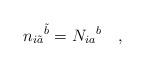
LaTeX: \begin{align*}{n_{i\tilde{a}}}^{\tilde{b}} = {N_{ia}}^b\quad,\end{align*}